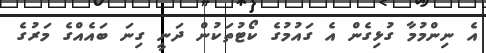
އެ ނިންމުމާ ގުޅިގެން އެ ގައުމުގެ ކޯޓުތަކުން ދަނީ ގިނަ ބައެއްގެ މަރުގެ